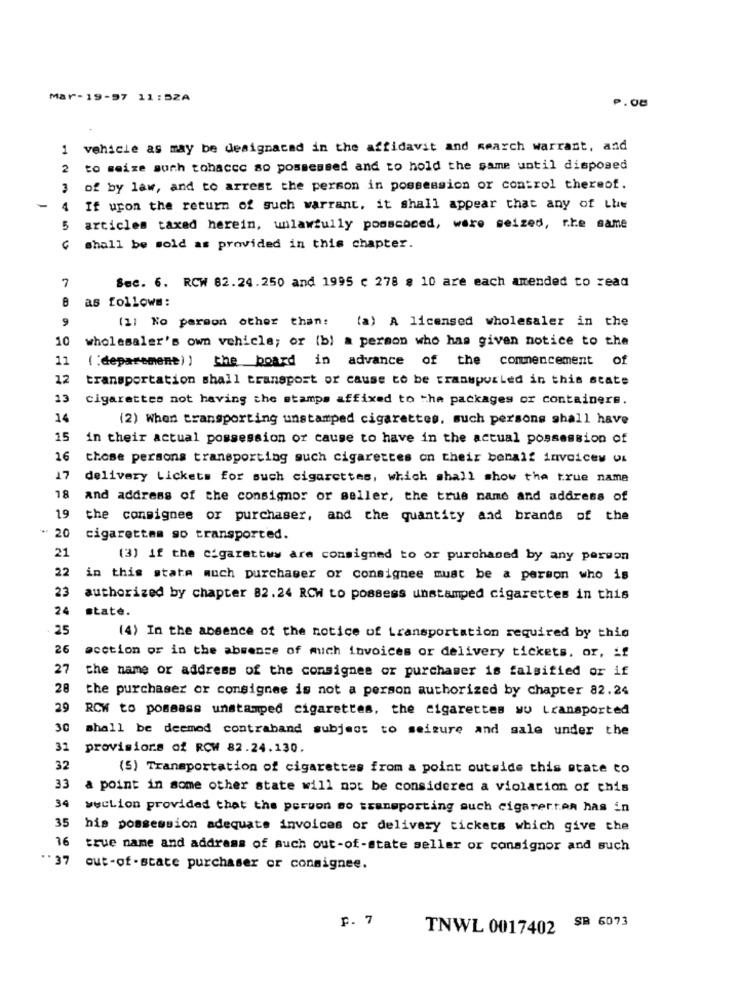
Mar-19-97 11 : 5ZA
P.08
1 vehicle as may be designacad in the affidavit and search warrant, and
2
to seize such tohaccc so possessed and to hold the same until disposed
3
of by law, and to arrest the person in possession or control thereof.
-
4
If upon the return of such warrant, it shall appear that any of the
5
articles taxed herein, unlawfully pooscoced, were seized, r.te same
shall be sold as provided in this chapter.
7
Sec. 6. RCW 82.24.250 and 1995 c 278 8 10 are each amended to read
as follows:
9
(1) No person other than: (a) A licensed wholesaler in the
10
wholesaler's own vehicle; or (b) a person who has given notice to the
11
( :department)) the board in advance of the commencement of
12
transportation shall transport or cause to be transported in this state
13
cigarettes not having the stamps affixed to the packages or containers.
14
(2) When transporting unstamped cigarettes, such persons shall have
15
in their actual possession of cause to have in the actual possession of
16
those persons transporting such cigarettes on their bonalf invoices Us
17
delivery tickets for such cigarettes, which shall show the true name
18
and address of the consignor or seller, the true name and address of
19
the consignes or purchaser, and the quantity and brands of the
* 20
cigarettes so transported.
21
(3) if the cigarettww are consigned to or purchased by any person
22
in this stata much purchaser or consignee must be a person who is
23
authorized by chapter 82.24 RCW to possess unstamped cigarettes in this
24
state.
25
(4) In the absence of the notice of transportation required by this
26
@cction or in the absence of much invoices or delivery tickets. or, if
27
the name or address of the consignee or purchaser is falsified or if
28
the purchaser or consignee is not a person authorized by chapter 82.24
29
RCW to possess unstamped cigarettes, the cigarettes wu Lransported
30
shall be deemed contraband subject to seizure and sale under the
31
provisions of RCW 82.24.130.
32
(5) Transportation of cigarettes from a point outside this state to
33
a point in some other state will not be considered a violation of this
34
wecLion provided that the person mo transporting auch cigaretten has in
35
his possession adequate invoices or delivery tickets which give the
16
true name and address of much out-of-state seller or consignor and such
.. 37
out-of - state purchaser or conmignee.
p. 7
SB 6073
TNWL 0017402